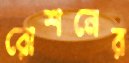
রোশনের